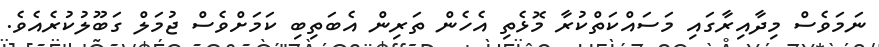
ނަމަވެސް މިދާއިރާގައި މަސައްކަތްކުރާ މޮޅެތި އެހެން ތަރިން އެބަތިބި ކަމަށްވެސް ޖުމަލް ގަބޫލުކުރެއެވެ.